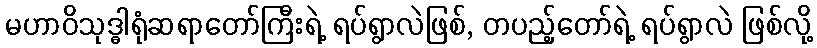
မဟာဝိသုဒ္ဓါရုံဆရာတော်ကြီးရဲ့ ရပ်ရွာလဲဖြစ်, တပည့်တော်ရဲ့ ရပ်ရွာလဲ ဖြစ်လို့